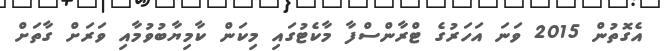
އެގޮތުން 2015 ވަނަ އަހަރުގެ ޓްރާންސްފާ މާކެޓުގައި މިކަން ކާމިޔާބުވުމާއި ވަރަށް ގާތަށް